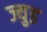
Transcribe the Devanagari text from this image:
ज्युड